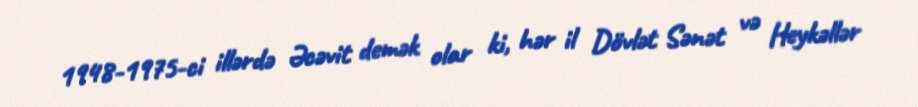
1948-1975-ci illərdə Əcəvit demək olar ki, hər il Dövlət Sənət və Heykəllər